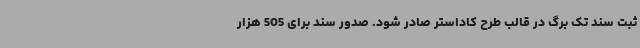
ثبت سند تک برگ در قالب طرح کاداستر صادر شود. صدور سند برای 505 هزار